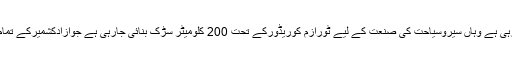
حکومت جہاں آزادکشمیرمیں دیگرشعبوں میںترقی کررہی ہے وہاں سیروسیاحت کی صنعت کے لیے ٹورازم کوریڈورکے تحت 200 کلومیٹر سڑک بنائی جارہی ہے جوآزادکشمیرکے تمام خوبصورت اور سیاحتی مقامات سے ہوکرگزرے گی۔